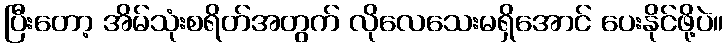
ပြီးတော့ အိမ်သုံးစရိတ်အတွက် လိုလေသေးမရှိအောင် ပေးနိုင်ဖို့ပဲ။